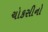
ચોકસીનો